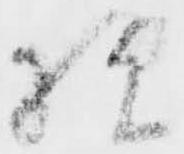
様